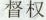
督权